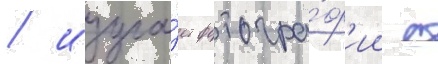
/ изуча́ет фотогра́ф'ии с